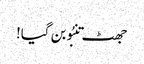
جھٹ تنبُو بن گیا!